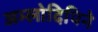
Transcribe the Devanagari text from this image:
अम्लोदिपिने